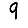
Digit: 9